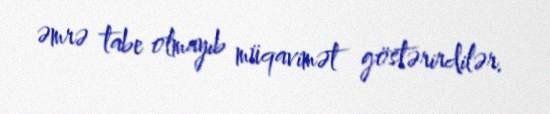
əmrə tabe olmayıb müqavimət göstərirdilər.